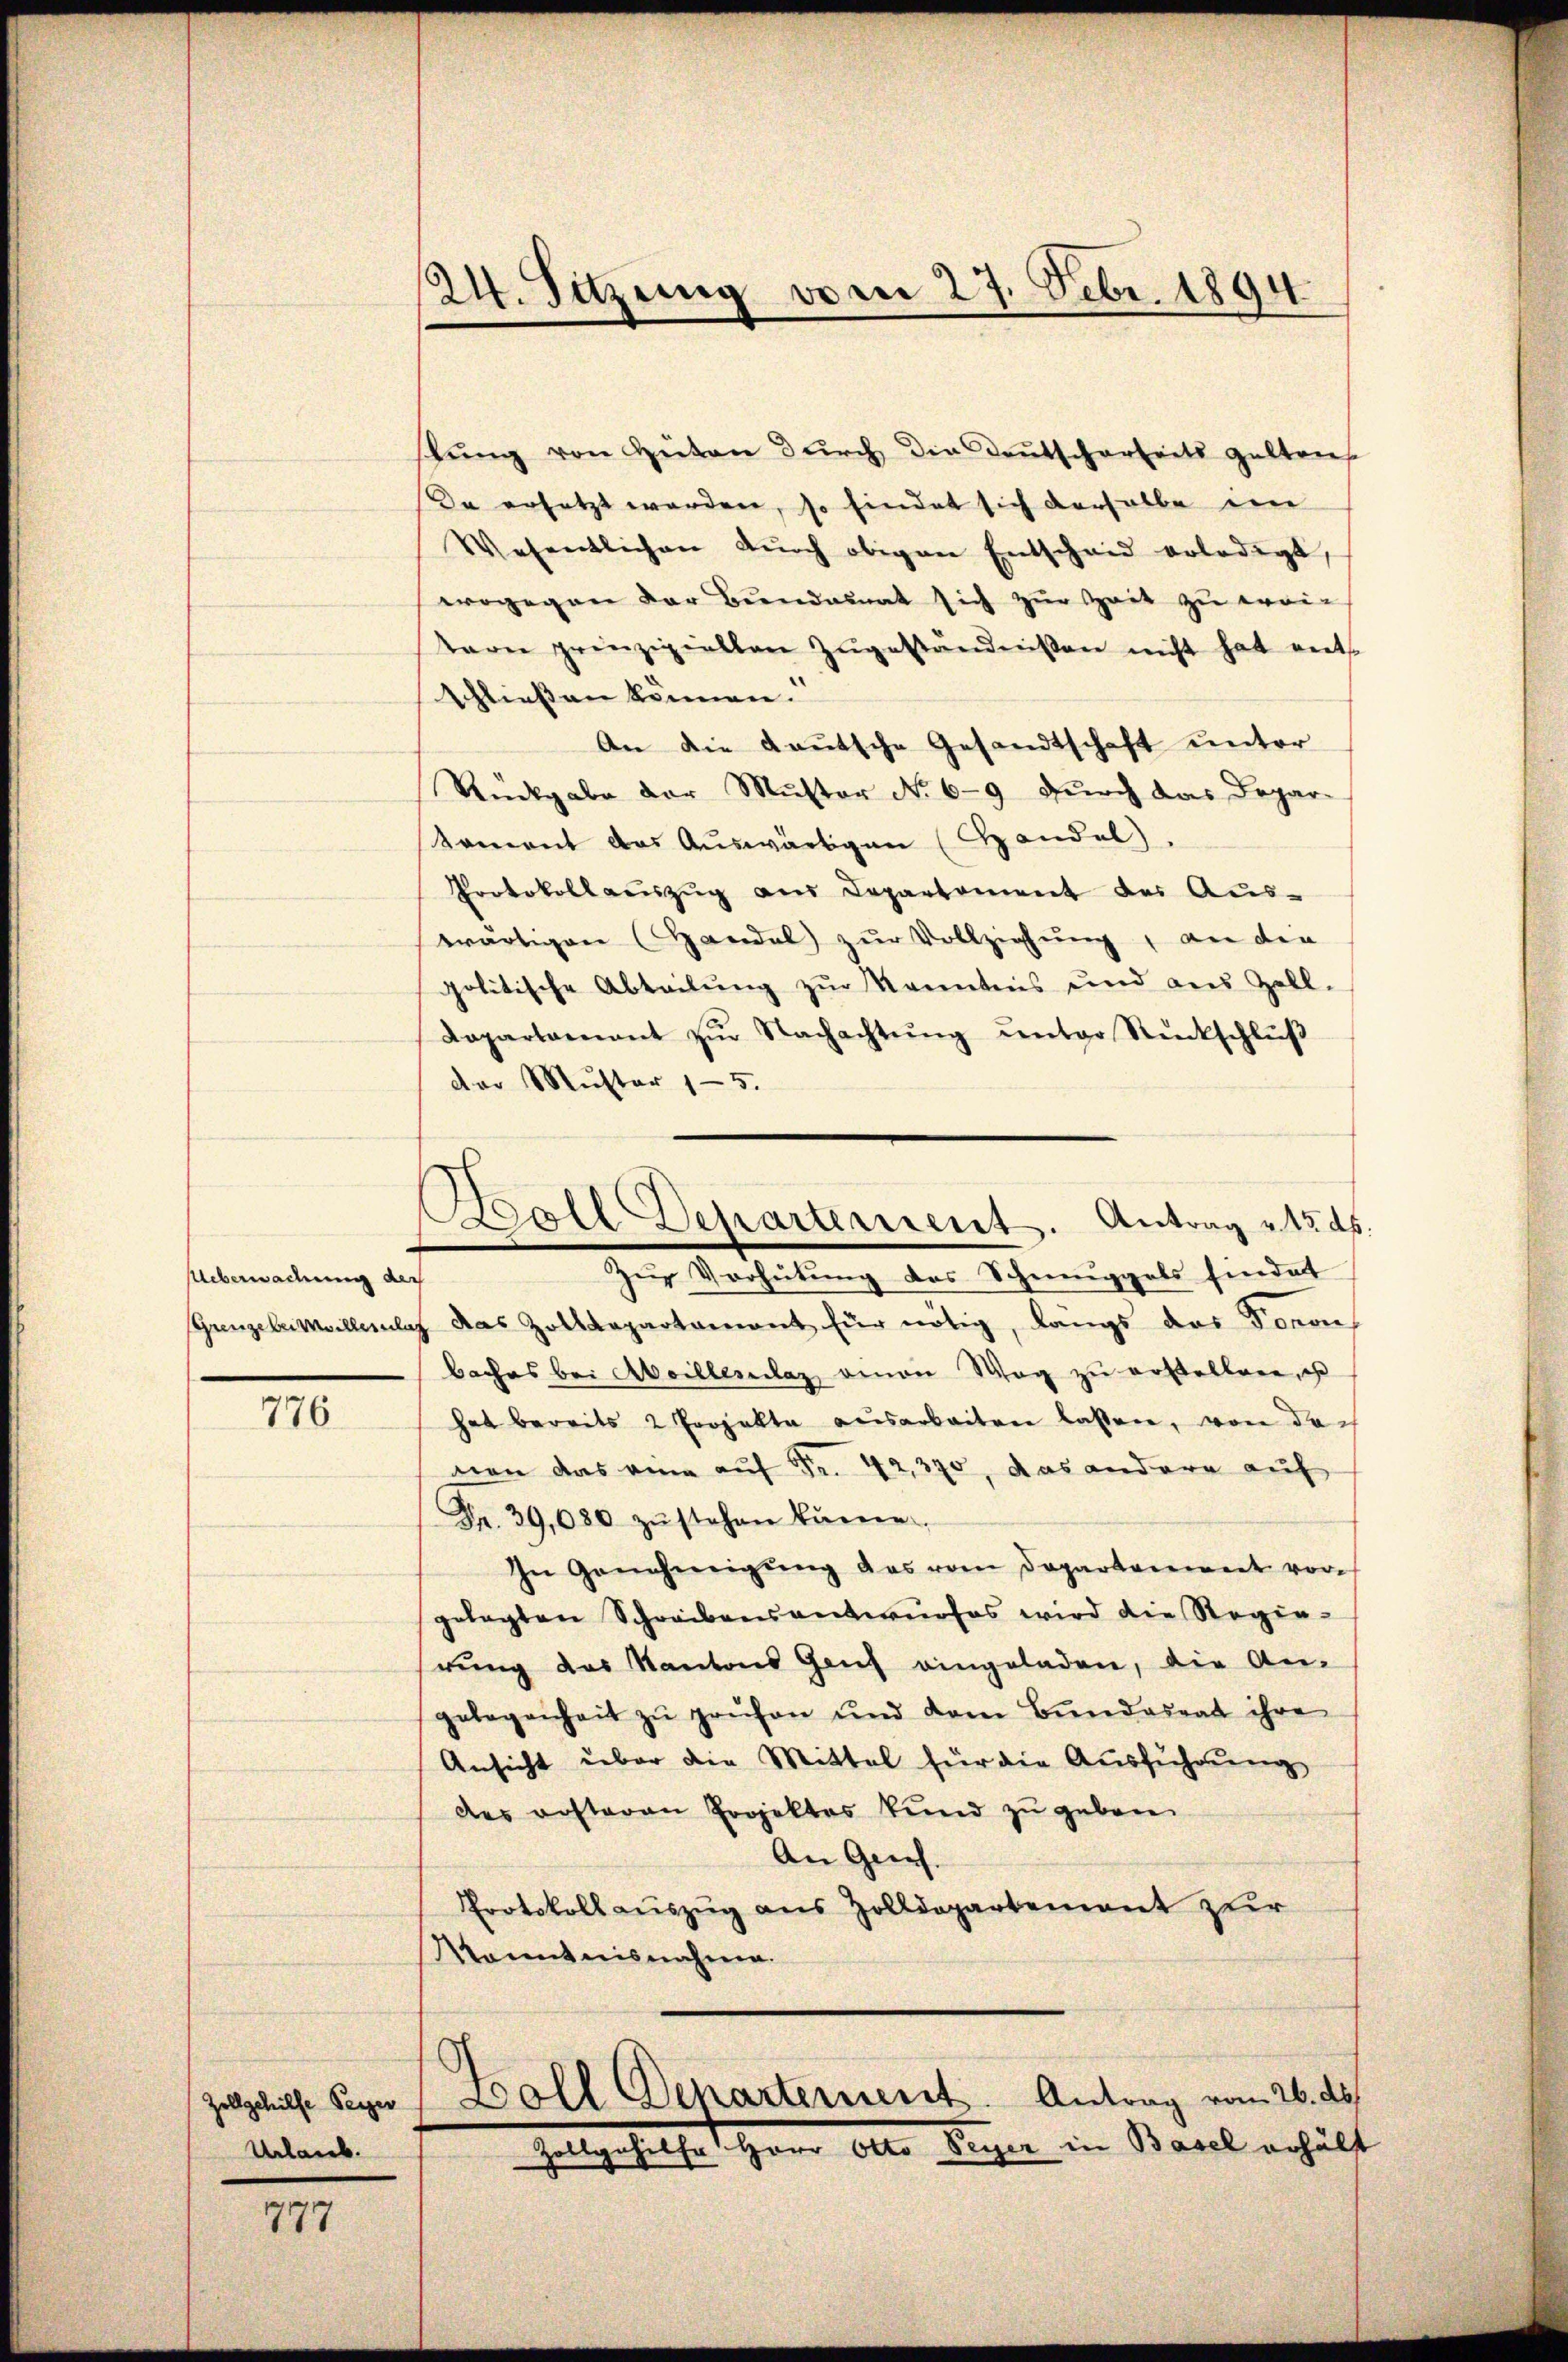
Ueberwachung der

776.

stung von Hüten durch die Deutscherheits gelten
Da ersetzt werden, so findet sich derselbe im
Wesentlichen dŭrch obigen Entscheid erledigt,
wogegen der Bundammat sich zur Zeit zu erri-
tare prinzipiellen zŭgeständnißen nicht hat ents
schließen können.
An die deutsche Gesandtschaft unter
Rückgabe der Muster No 69 durch das Depar-
koment das Auswärtigen (Handel.
Protokollaŭszŭg aŭs Departement des Aŭs-
wärtigen (Handel zur Vollziehung, an die
politische Abteilŭng zŭr Kenntnis und aus Zell.
Kapartament zŭr Nachachtŭng ŭnter Rückschlŭβ
der Muster 15.
Grenzeleimvillerlag das Zolldepartament für nötig, langs das Foron
baches bei Abcillenlaz einen Weg zu erstellen, es
hat bereits 2 Projekte ausarbeiten lassen, von doch
von das eine auf Fr. 42,390, das andere auf
Fr. 39, 680 zŭ stehen können.
In Genehmigung das vom Departement vor
gelegten Schreibensantwurfes wird die Regie-
rung des Kantons Geich eingeladen, die Angelegenheit zŭ prüfen und dem Bŭndesrat ihre
Ansicht über die Mittel für die Ausführung
des rosteren Projektes kund zŭ geben.
An Gries.
Protokollauszug aus Zolldepartement zur
Kenntnisnahme.
.
Boll Departement. Antrag vom 26. ds.
Zelgesehen Herrn Alter Ausler in Basel erhält

Zollgehilfe Perger
Urlaub.

777

24. Sitzung vom 27. Febr. 1894.

Ball Departement. Antrag v. 15. ds.
Zur Verhütung des Schmuggels findet